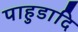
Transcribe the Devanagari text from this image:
पाहुडादि